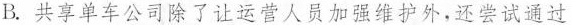
B.共享单车公司除了让运营人员加强维护外，还尝试通过